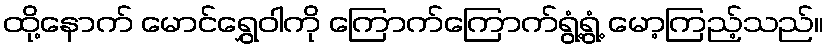
ထို့နောက် မောင်ရွှေဝါကို ကြောက်ကြောက်ရွံ့ရွံ့ မော့ကြည့်သည်။